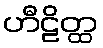
ဟီဠိတ္ထ